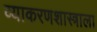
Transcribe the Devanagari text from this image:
व्याकरणशास्त्राला